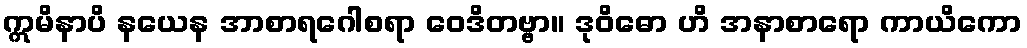
ဣမိနာပိ နယေန အာစာရဂေါစရာ ဝေဒိတဗ္ဗာ။ ဒုဝိဓော ဟိ အနာစာရော ကာယိကော